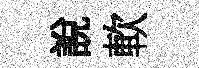
說軟